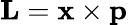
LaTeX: \mathbf{L}=\mathbf{x}\times\mathbf{p}